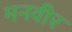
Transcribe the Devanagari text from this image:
मनवीर